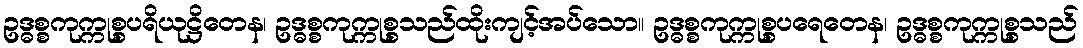
ဥဒ္ဓစ္စကုက္ကုစ္စပရိယုဋ္ဌိတေန၊ ဥဒ္ဓစ္စကုက္ကုစ္စသည်ထိုးကျင့်အပ်သော။ ဥဒ္ဓစ္စကုက္ကုစ္စပရေတေန၊ ဥဒ္ဓစ္စကုက္ကုစ္စသည်